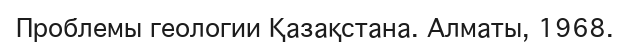
Проблемы геологии Қазақстана. Алматы, 1968.